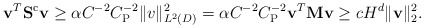
\begin{align*} \mathbf{v}^T \mathbf{S}^\mathrm{c} \mathbf{v}\geq \alpha C^{-2}C_\mathrm{P}^{-2}\|v\|_{L^2(D)}^2 = \alpha C^{-2}C_\mathrm{P}^{-2}\mathbf{v}^T\mathbf{M}\mathbf{v} \geq cH^{d} \|\mathbf{v}\|_2^2.\end{align*}